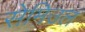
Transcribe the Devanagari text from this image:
सेमिउल